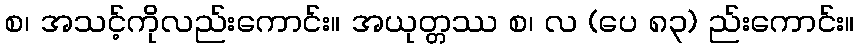
စ၊ အသင့်ကိုလည်းကောင်း။ အယုတ္တဿ စ၊ လ (ပေ ၈၃) ည်းကောင်း။